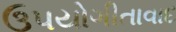
ઉપયોગીતાવાદ